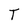
Character: T